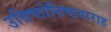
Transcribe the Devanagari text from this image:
उत्तिष्ठोत्तिष्ठवाराह